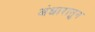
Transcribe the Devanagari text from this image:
अंधारातुन